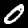
Digit: 0